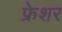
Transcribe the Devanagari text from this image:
फ्रेशर